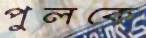
পুলকে